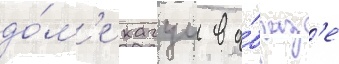
до́м'е кагуи в о́браз'е